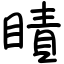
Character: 瞔